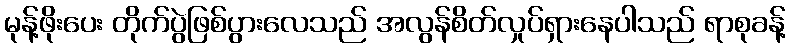
မုန့်ဖိုးပေး တိုက်ပွဲဖြစ်ပွားလေသည် အလွန်စိတ်လှုပ်ရှားနေပါသည် ရာစုခန့်